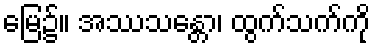
မြေ၌။ အဿသန္တော၊ ထွက်သက်ကို